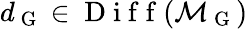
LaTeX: d_{\mathrm{~G~}}\in\mathrm{~D~i~f~f~}(\mathcal{M}_{\mathrm{~G~}})